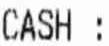
CASH: